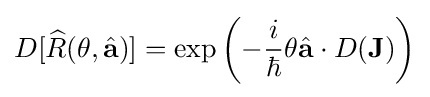
D[{\widehat {R}}(\theta ,{\hat {\mathbf {a} }})]=\exp \left(-{\frac {i}{\hbar }}\theta {\hat {\mathbf {a} }}\cdot D(\mathbf {J} )\right)